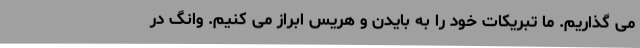
می گذاریم. ما تبریکات خود را به بایدن و هریس ابراز می کنیم. وانگ در